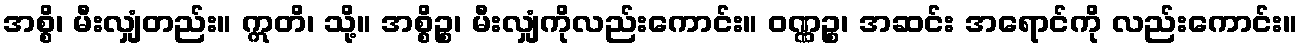
အစ္စိ၊ မီးလျှံတည်း။ ဣတိ၊ သို့။ အစ္စိဉ္စ၊ မီးလျှံကိုလည်းကောင်း။ ဝဏ္ဏဉ္စ၊ အဆင်း အရောင်ကို လည်းကောင်း။